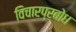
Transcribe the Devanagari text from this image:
विचारप्रबोध